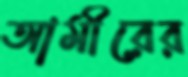
আমীরের